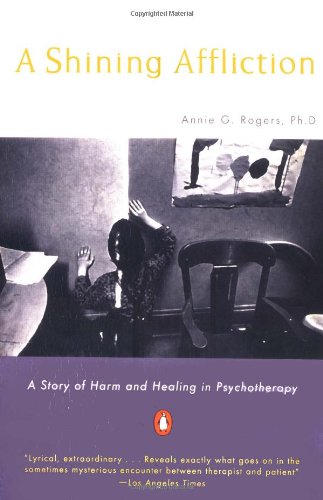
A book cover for A Shining Affliction: A Story of Harm and Healing in Psychotherapy; Annie G. Rogers; Biographies & Memoirs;